Vaccination in the Punjab 1883-1896 - 1883-1896
Year: 1883
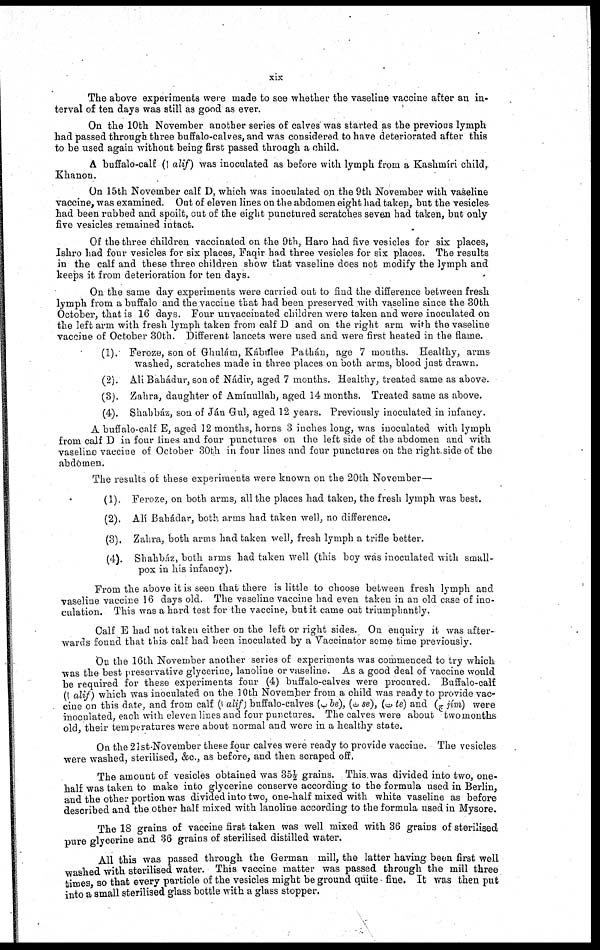
xix
The above experiments were made to see whether the vaseline vaccine after an in-
terval of ten days was still as good as ever.
On the 10th November another series of calves was started as the previous lymph
had passed through three buffalo-calves, and was considered to have deteriorated after this
to be used again without being first passed through a child.
A buffalo-calf (alif) was inoculated as before with lymph from a Kashmíri child,
Khanon.
On 15th November calf D, which was inoculated on the 9th November with vaseline
vaccine, was examined. Out of eleven lines on the abdomen eight had taken, but the vesicles-
had been rubbed and spoilt, out of the eight punctured scratches seven had taken, but only
five vesicles remained intact.
Of the three children vaccinated on the 9th, Haro had five vesicles for six places,
Ishro had four vesicles for six places, Faqir had three vesicles for six places. The results
in the calf and these three children show that vaseline does not modify the lymph and
keeps it from deterioration for ten days.
On the same day experiments were carried out to find the difference between fresh
lymph from a buffalo and the vaccine that had been preserved with vaseline since the 30th
October, that is 16 days. Four unvaccinated children were taken and were inoculated on
the left arm with fresh lymph taken from calf D and on the right arm with the vaseline
vaccine of October 30th. Different lancets were used and were first heated in the flame.
(1). Feroze, son of Ghulám, Kábulee Pathán, age 7 months. Healthy, arms
washed, scratches made in three places on both arms, blood just drawn.
(2). Alt Bahádur, son of Nádir, aged 7 months. Healthy, treated same as above.
(3). Zahra, daughter of Amínullah, aged 14 months. Treated same as above.
(4). Shahbáz, son of Ján Gul, aged 12 years. Previously inoculated in infancy.
A buffalo-calf E, aged 12 months, horns 3 inches long, was inoculated with lymph
from calf D in four lines and four punctures on the left side of the abdomen and with
vaseline vaccine of October 30th in four lines and four punctures on the right side of the
abdomen.
The results of these experiments were known on the 20th November—
(1). Feroze, on both arms, all the places had taken, the fresh lymph was best.
(2). Alí Bahádar, both arms had taken well, no difference.
(3). Zahra, both arms had taken well, fresh lymph a trifle better.
(4). Shahbáz, both arms had taken well (this boy was inoculated with small-
pox in his infancy).
From the above it is seen that there is little to choose between fresh lymph and
vaseline vaccine 16 days old. The vaseline vaccine had even taken in an old case of ino-
culation. This was a hard test for the vaccine, but it came out triumphantly.
Calf E had not taken either on the left or right sides. On enquiry it was after-
wards found that this calf had been inoculated by a Vaccinator some time previously.
On the 16th November another series of experiments was commenced to try which
was the best preservative glycerine, lanoline or vaseline. As a good deal of vaccine would
be required for these experiments four (4) buffalo-calves were procured. Buffalo-calf
(alif) which was inoculated on the 10th November from a child was ready to provide vac-
cine on this date, and from calf (alif) buffalo-calves (\img\ be), ( \
i
mg\ se), ( \
i
mg\ «y te) and \img\Q jím) were
inoculated, each with eleven lines and four punctures. The calves were about two months
old, their temperatures were about normal and were in a healthy state.
On the 21st-November these four calves were ready to provide vaccine. The vesicles
were washed, sterilised, &c, as before, and then scraped off.
The amount of vesicles obtained was 35½ grains. This was divided into two, one-
half was taken to make into glycerine conserve according to the formula used in Berlin,
and the other portion was divided into two, one-half mixed with white vaseline as before
described and the other half mixed with lanoline according to the formula used in Mysore.
The 18 grains of vaccine first taken was well mixed with 36 grains of sterilised
pure glycerine and 36 grains of sterilised distilled water.
All this was passed through the German mill, the latter having been first well
washed with sterilised water. This vaccine matter was passed through the mill three
times so that every particle of the vesicles might be ground quite fine. It was then put
into a small sterilised glass bottle with a glass stopper.